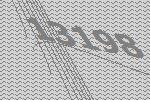
13198